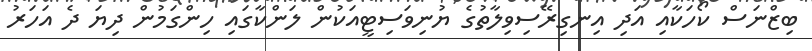
ބިޒްނަސް ކޯހަކާއި އަދި އިނގިރޭސިވިލާތުގެ ޔުނިވަސިޓީއަކުން ލަންކާގައި ހިންގަމުން ދިޔަ ދެ އަހަރު